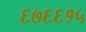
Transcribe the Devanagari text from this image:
६७६६१५